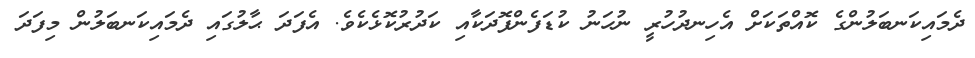
ދެމައިކަނބަލުންގެ ކޮއްތަކަށް އެހިނދުހުރީ ނުހަނު ކުޑަފެންފޮދަކާއި ކަދުރުކޮޅެކެވެ. އެފަދަ ޙާލުގައި ދެމައިކަނބަލުން މިފަދަ